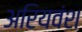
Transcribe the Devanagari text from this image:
अरियवंश